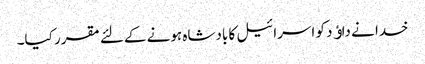
خدا نے داﺅد کو اسرائیل کا بادشاہ ہونے کےلئے مقرر کیا۔